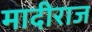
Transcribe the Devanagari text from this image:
मादीराज